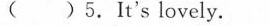
( )5.It's lovely.